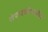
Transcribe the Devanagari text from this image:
संपादकीयातील